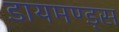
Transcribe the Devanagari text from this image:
डायमण्ड्स